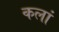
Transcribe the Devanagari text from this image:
कलां